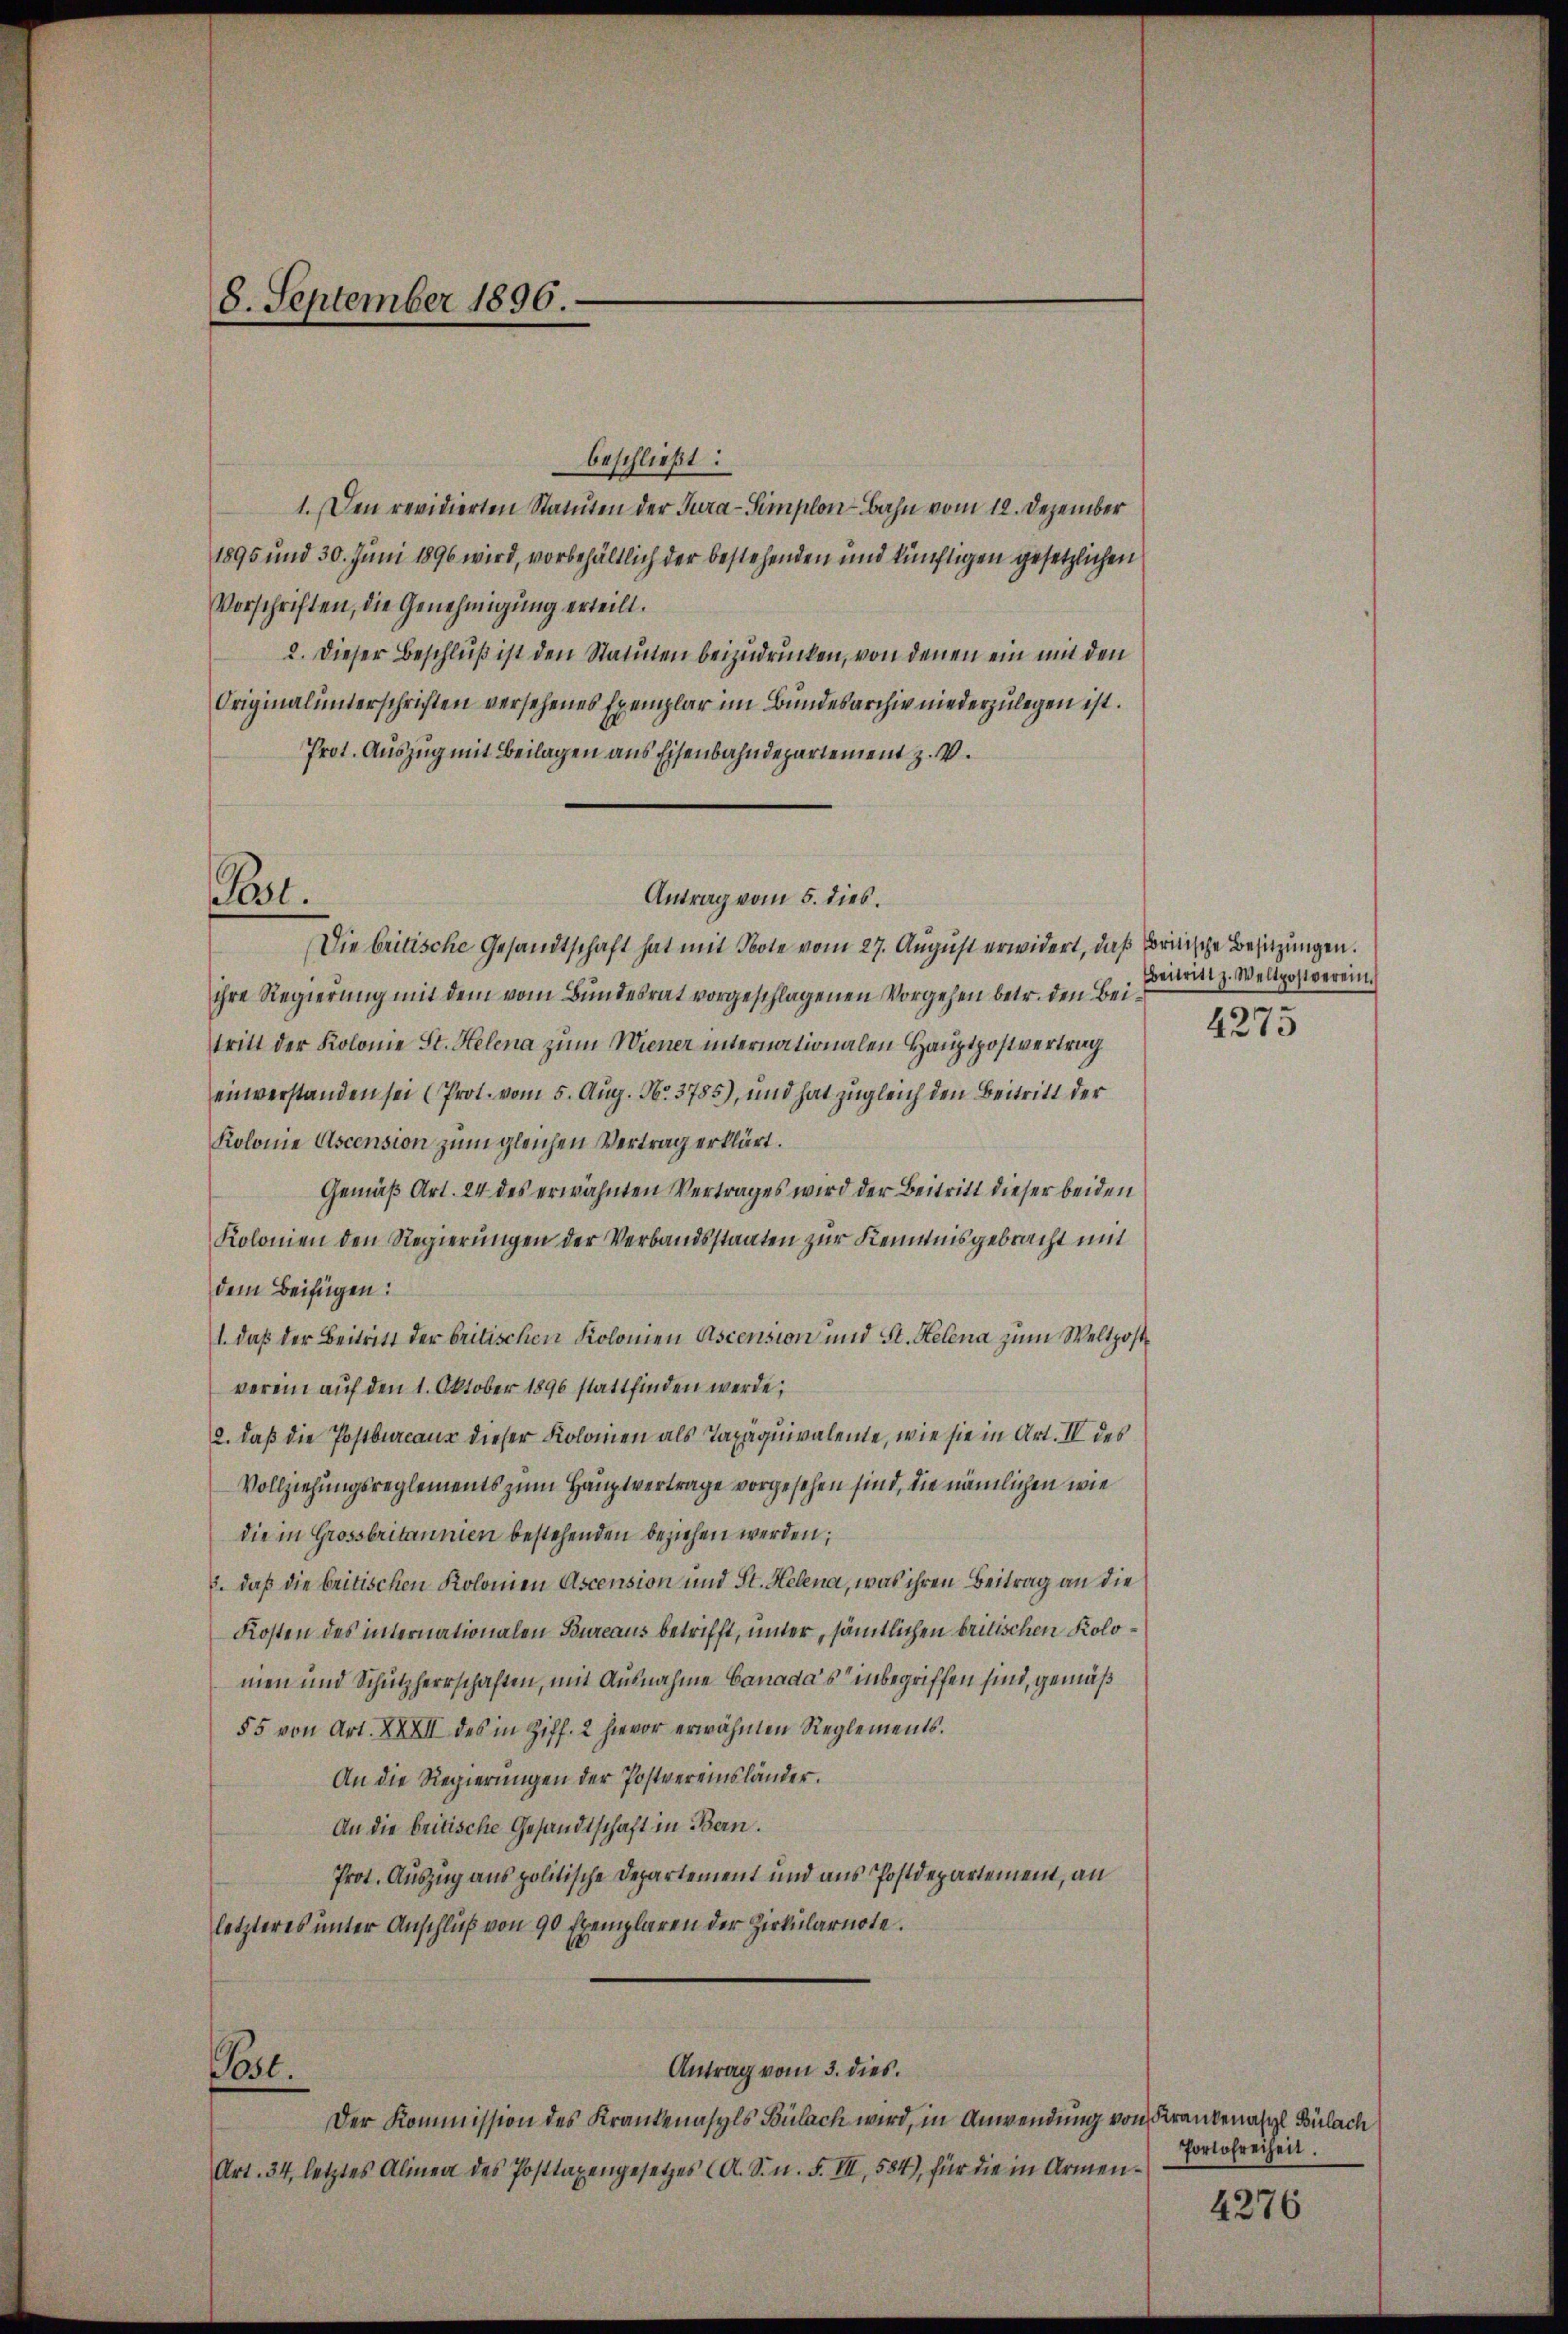
8. September 1896.

beschließt:
1. Den revidierten Statuten der Jura-Simplon-Bahn vom 12. Dezember
1895 und 30. Juni 1896 wird, vorbehältlich der bestehenden und künftigen gesetzlichen
Vorschriften, die Genehmigung erteilt.
2. Dieser Beschluß ist den Statuten beizudrücken, von denen ein mit den
Originalunterschriften versehenes Exemplar im Bundesarchiv niederzulegen ist.
Prot. Auszug mit Beilagen aus Eisenbahndepartement z. V.
Die Critische Gesandtschaft hat mit Bote vom 27. August erwidert, daß Fritische Besitzungen.
ihre Regierung mit dem vom Bundesrat vorgeschlagenen Vorgehen betr. den Beitritt der Kolonie St. Helena zum Wiener internationalen Hauptpostvertrag
einverstanden sei (Prot. vom 5. Aug. No. 3785), und hat zugleich den Beitritt der
Kolonie Ascension zum gleichen Vertrag erklärt.
Gemäß Art. 24 des erwähnten Vertrages wird der Beitritt dieser beiden
Kolonien den Regierungen der Verbandsstaaten zur Kenntnisgebracht mit
dem Beifügen:
1. daß der Beitritt der britischen Kolonien Ascension und St. Helena zum Weltpostverein auf den 1. Oktober 1890 stattfinden werde,
2. daß die Postbureaus dieser Kolonien als Taxäquivalente, wie sie in Art. IV des
Vollziehungsreglements zum Hauptvertrage vorgesehen sind, die nämlichen wie
die in Grossbritannien bestehenden beziehen werden;
. daß die britischen Kolonien Ascension und St. Helena, was ihren Beitrag an die
Kosten des internationalen Bureaus betrifft, unter, sämtlichen britischen Kolomen und Schützherrschaften, mit Ausnahme Canada’s inbegriffen sind, gemäß
55 von Art. XXXII des in Ziff. 2 hievor erwähnten Reglements.
An die Regierungen der Postvereinsländer.
An die britische Gesandtschaft in Bern.
Prot. Auszug aus politische Departement und aus Postdepartement, an
letzteres unter Anschluß von 90 Exemplaren der Zirkularnote.
Antrag vom 3. dies.
Post.
Der Kommission des Krankenasyls Bülach wird, in Anwendung von Krankenasyl Bülach
Art. 34, letztes Alinea des Posttaxengesetzes (A. S. n. F. III, 584), für die in Armen¬

t.

Antrag vom 5. dies.

Beitritt z. Weltpostverein.
4275

Portofreiheit.

4276